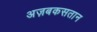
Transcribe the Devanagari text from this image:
अज़बकसतान